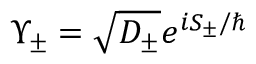
\Upsilon _ { \pm } = \sqrt { D _ { \pm } } e ^ { i S _ { \pm } / \hbar }